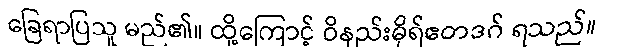
ခြေရာပြသူ မည်၏။ ထို့ကြောင့် ဝိနည်းဓိုရ်ဧတဒဂ် ရသည်။